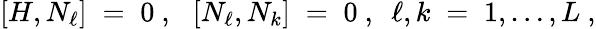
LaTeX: \left[H,N_{\ell}\right]\; =\; 0~,~~\left[N_{\ell},N_{k}\right]\; =\; 0~,~~\ell,k\; =\; 1,\ldots,L~,